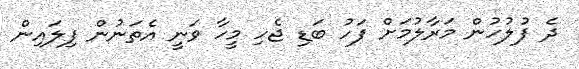
ދެ ފުލުހުން މަރާލުމަށް ފަހު ބަޑި ޖެހި މީހާ ވަނީ އެތަނުން ފިލައިން